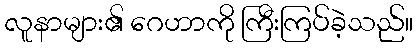
လူနာများ၏ ဂေဟာကို ကြီးကြပ်ခဲ့သည်။